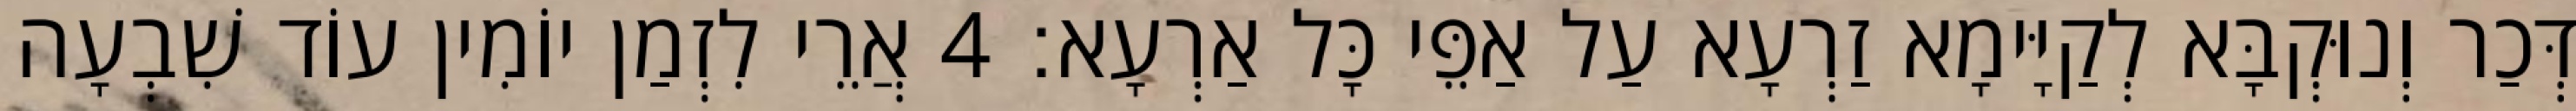
דְּכַר וְנוּקְבָּא לְקַיָּימָא זַרְעָא עַל אַפֵּי כָּל אַרְעָא׃ 4 אֲרֵי לִזְמַן יוֹמִין עוֹד שִׁבְעָה